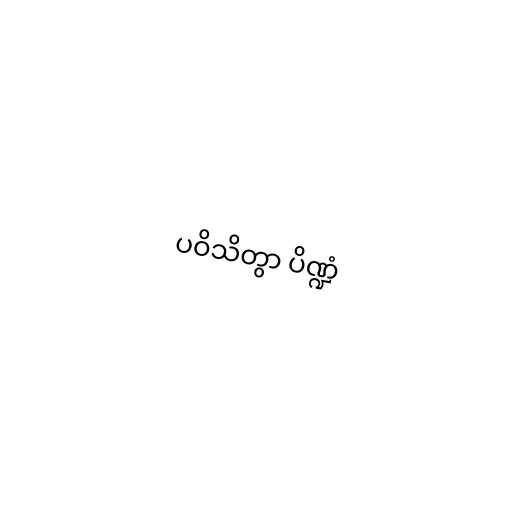
ပဝိသိတွာ ပိဏ္ဍံ